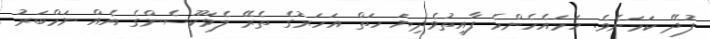
ފުދޭ ކަމަށެވެ. ހަމައެހެންމެ ފާއިތުވެދިޔަ ހަތް އަހަރުގެ ތެރޭ ލެވަކޫސެންގެ އެއް ނަމްބަރު